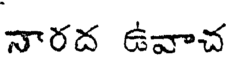
నారద ఉవాచ